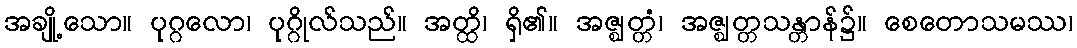
အချို့သော။ ပုဂ္ဂလော၊ ပုဂ္ဂိုလ်သည်။ အတ္ထိ၊ ရှိ၏။ အဇ္ဈတ္တံ၊ အဇ္ဈတ္တသန္တာန်၌။ စေတောသမဿ၊